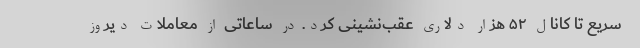
سریع تا کانال ۵۲ هزار دلاری عقب‌نشینی کرد. در ساعاتی از معاملات دیروز